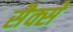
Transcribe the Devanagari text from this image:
सैक्से